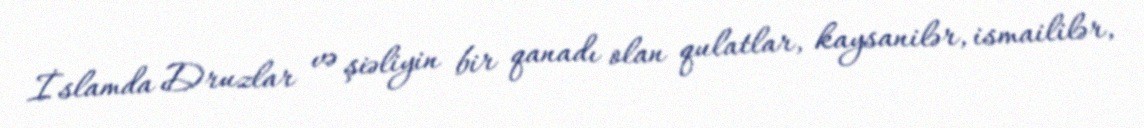
İslamda Druzlar və şiəliyin bir qanadı olan qulatlar, kaysanilər, ismaililər,